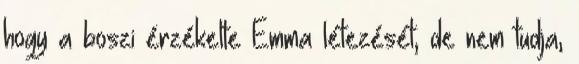
hogy a boszi érzékelte Emma létezését, de nem tudja,